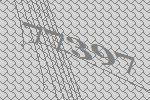
77397